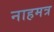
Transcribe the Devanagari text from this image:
नाहमत्र